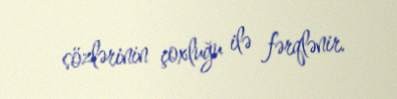
sözlərinin çoxluğu ilə fərqlənir.